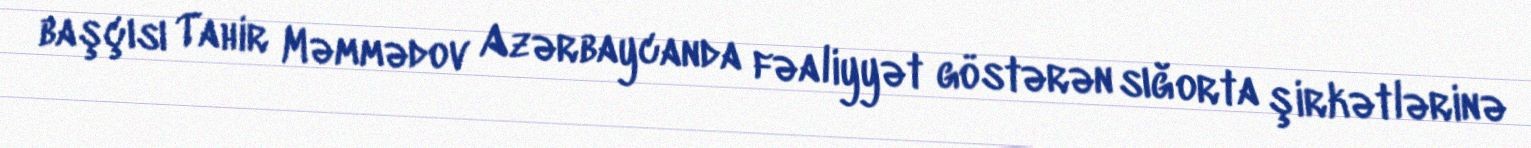
başçısı Tahir Məmmədov Azərbaycanda fəaliyyət göstərən sığorta şirkətlərinə